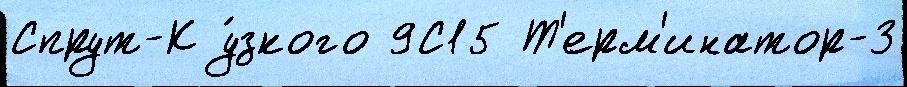
Спрут-К у́зкого 9С15 Т'ерм'инатор-3